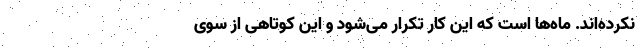
نکرده‌اند. ماه‌ها است که این کار تکرار می‌شود و این کوتاهی از سوی